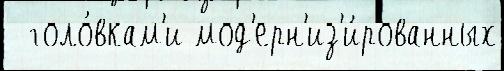
  голо́вкам'и мод'ерн'из'и́рованных